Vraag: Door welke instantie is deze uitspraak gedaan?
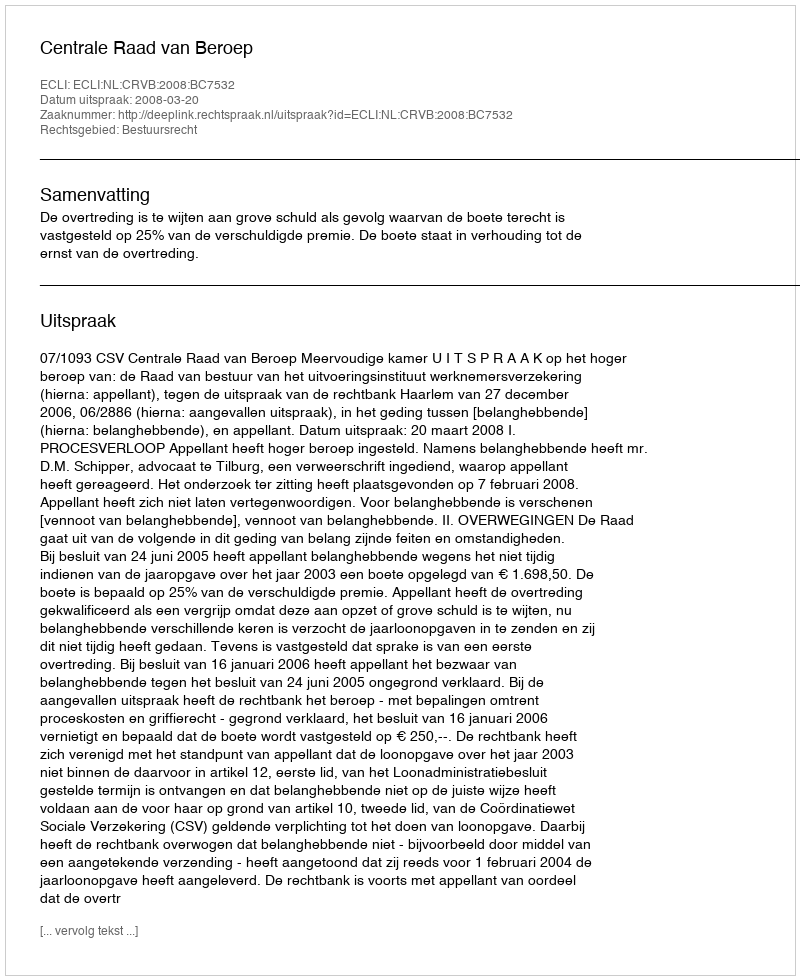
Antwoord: Centrale Raad van Beroep